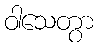
ဝါသေတွာ